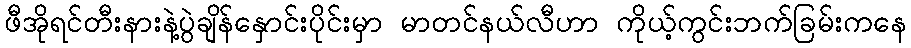
ဖီအိုရင်တီးနားနဲ့ပွဲချိန်နှောင်းပိုင်းမှာ မာတင်နယ်လီဟာ ကိုယ့်ကွင်းဘက်ခြမ်းကနေ